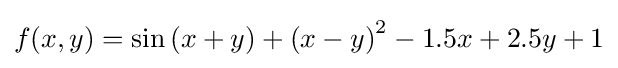
f(x,y)=\sin \left(x+y\right)+\left(x-y\right)^{2}-1.5x+2.5y+1